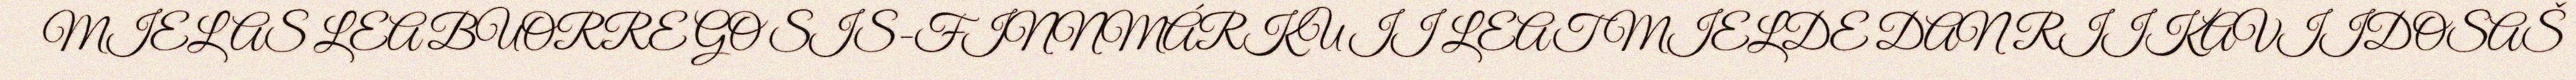
MIELAS LEA BUORRE GO SIS-FINNMÁRKU II LEAT MIELDE DAN RIIKAVIIDOSAŠ